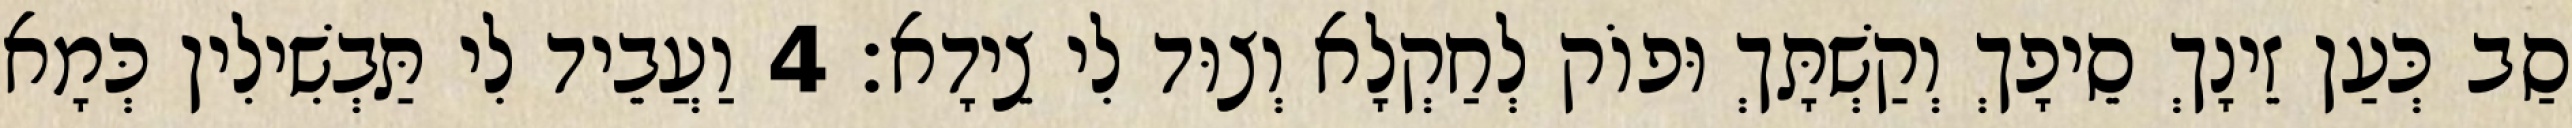
סַב כְּעַן זֵינָךְ סֵיפָךְ וְקַשְׁתָּךְ וּפוֹק לְחַקְלָא וְצוּד לִי צֵידָא׃ 4 וַעֲבֵיד לִי תַּבְשִׁילִין כְּמָא